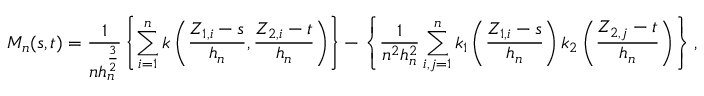
M _ { n } ( s , t ) = \frac { 1 } { n h _ { n } ^ { \frac { 3 } { 2 } } } \left\{ \sum _ { i = 1 } ^ { n } k \left( \frac { Z _ { 1 , i } - s } { h _ { n } } , \frac { Z _ { 2 , i } - t } { h _ { n } } \right) \right\} - \left\{ \frac { 1 } { n ^ { 2 } h _ { n } ^ { 2 } } \sum _ { i , j = 1 } ^ { n } k _ { 1 } \left( \frac { Z _ { 1 , i } - s } { h _ { n } } \right) k _ { 2 } \left( \frac { Z _ { 2 , j } - t } { h _ { n } } \right) \right\} ,